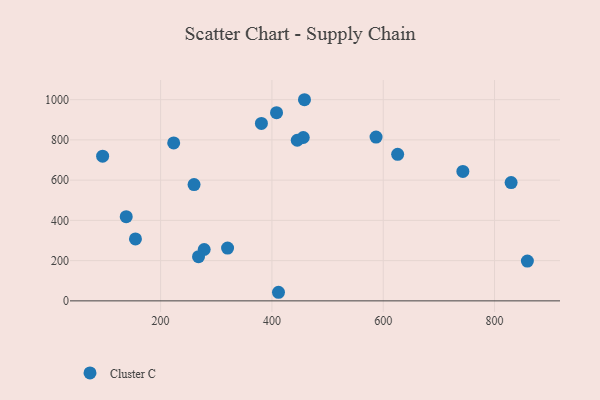
{"axis": {"x": "Investment", "y": "Profit"}, "legend": ["Cluster C"], "data": [{"x": "278.3", "y": 255.4, "type": "Cluster C"}, {"x": "743.1", "y": 643.4, "type": "Cluster C"}, {"x": "456.3", "y": 811.9, "type": "Cluster C"}, {"x": "445.5", "y": 798.3, "type": "Cluster C"}, {"x": "829.8", "y": 587.8, "type": "Cluster C"}, {"x": "320.3", "y": 262.4, "type": "Cluster C"}, {"x": "95.8", "y": 719.2, "type": "Cluster C"}, {"x": "408.3", "y": 935.4, "type": "Cluster C"}, {"x": "411.8", "y": 42.7, "type": "Cluster C"}, {"x": "268.1", "y": 219.6, "type": "Cluster C"}, {"x": "625.9", "y": 728.1, "type": "Cluster C"}, {"x": "381.1", "y": 882.1, "type": "Cluster C"}, {"x": "587.1", "y": 814.3, "type": "Cluster C"}, {"x": "138.2", "y": 418.6, "type": "Cluster C"}, {"x": "260.1", "y": 578.1, "type": "Cluster C"}, {"x": "223.5", "y": 784.8, "type": "Cluster C"}, {"x": "458.5", "y": 999.7, "type": "Cluster C"}, {"x": "859.0", "y": 197.6, "type": "Cluster C"}, {"x": "154.8", "y": 308.1, "type": "Cluster C"}]}